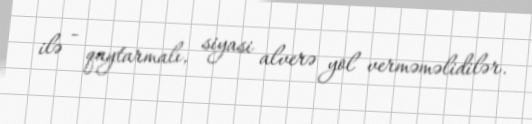
ilə - qaytarmalı, siyasi alverə yol verməməlidilər.